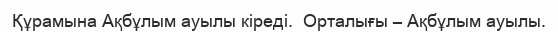
Құрамына Ақбұлым ауылы кіреді.  Орталығы – Ақбұлым ауылы.